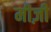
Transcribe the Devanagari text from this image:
मीज़ी